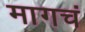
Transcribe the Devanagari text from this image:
मागचं